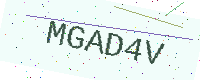
Text: MGAD4V